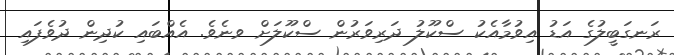
ރަނގަބީލުގެ އަޑު އިވުމާއެކު ސްކޫލު ދަރިވަރުން ސްކޫލަށް ވނެވެ. އެެެެެެެެއްބައި ކުދިން ދުވެފައި